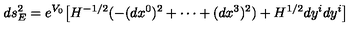
d s _ { E } ^ { 2 } = e ^ { V _ { 0 } } \big [ H ^ { - 1 / 2 } ( - ( d x ^ { 0 } ) ^ { 2 } + \cdots + ( d x ^ { 3 } ) ^ { 2 } ) + H ^ { 1 / 2 } d y ^ { i } d y ^ { i } \big ]